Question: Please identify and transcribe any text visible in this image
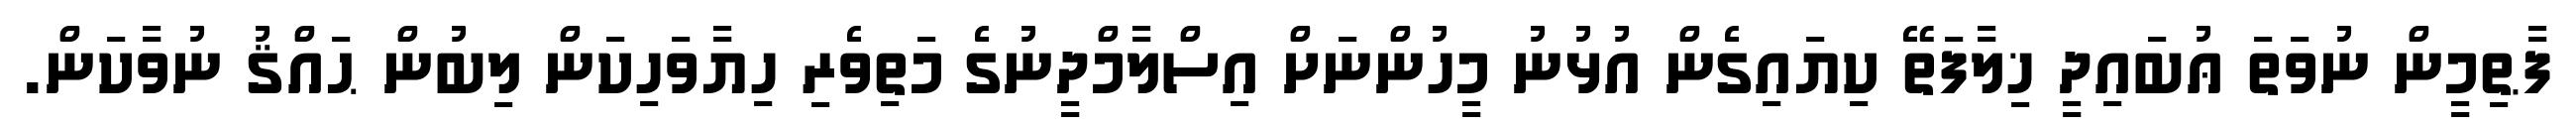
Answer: ފާޠިމީން ނުވަތަ ޢުބައިދީ ޚިލާފަތޭ ކިޔައިގެން އުޅުނު މީހުންނަށް އިސްލާމްދީނުގެ މަތިވެރި ހިޔާވަހިކަން ލިބުން ޙައްޤު ނުވާކަން.